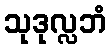
သုဒုလ္လဘံ